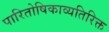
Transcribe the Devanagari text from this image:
पारितोषिकाव्यतिरिक्त